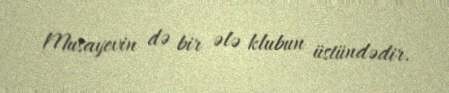
Musayevin də bir ələ klubun üstündədir.